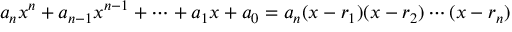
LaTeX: a _ { n } x ^ { n } + a _ { n - 1 } x ^ { n - 1 } + \cdots + a _ { 1 } x + a _ { 0 } = a _ { n } ( x - r _ { 1 } ) ( x - r _ { 2 } ) \cdots ( x - r _ { n } )